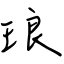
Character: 琅